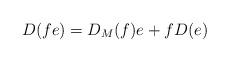
LaTeX: \begin{align*} D(fe) = D_M(f)e + f D(e)\end{align*}